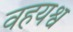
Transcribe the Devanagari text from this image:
वहयश्व